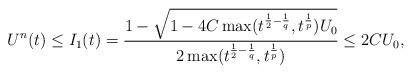
LaTeX: \begin{align*}U^{n}(t)\leq I_1(t)=\frac{1-\sqrt{1-4C\max(t^{\frac{1}{2}-\frac{1}{q}},t^{\frac{1}{p}})U_{0}}}{2\max(t^{\frac{1}{2}-\frac{1}{q}},t^{\frac{1}{p}})}\leq2CU_{0},\end{align*}